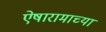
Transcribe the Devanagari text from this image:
ऐषारामाच्या